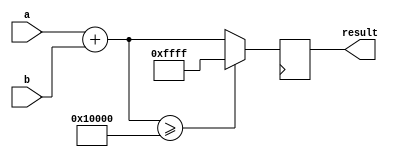
module fixed_point_adder(
    input signed [(N-1):0] a,
    input signed [(N-1):0] b,
    output reg signed [(N-1):0] result
);

// Parameters
parameter N = 16; // bit width of input values
parameter I = 8; // number of integer bits
parameter F = 8; // number of fractional bits

// Internal signals
reg signed [(N-1):0] sum;

// Perform fixed-point addition operation
always @(*) begin
    sum = a + b;
    
    // Handle overflow condition
    if(sum >= (2**N)) begin
        sum = (2**N) - 1;
    end
end

// Output the result
always @(posedge clk) begin
    result <= sum;
end

endmodule